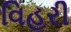
વિહરી